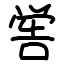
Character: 喾